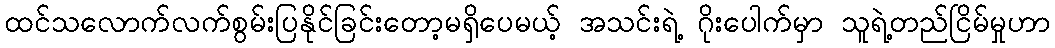
ထင်သလောက်လက်စွမ်းပြနိုင်ခြင်းတော့မရှိပေမယ့် အသင်းရဲ့ ဂိုးပေါက်မှာ သူရဲ့တည်ငြိမ်မှုဟာ